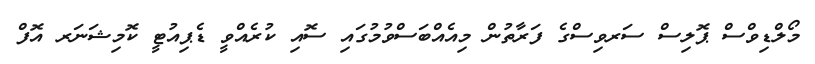
މޯލްޑިވްސް ޕޮލިސް ސަރވިސްގެ ފަރާތުން މިއެއްބަސްވުމުގައި ސޮއި ކުރެއްވީ ޑެޕިއުޓީ ކޮމިޝަނަރ އޮފް